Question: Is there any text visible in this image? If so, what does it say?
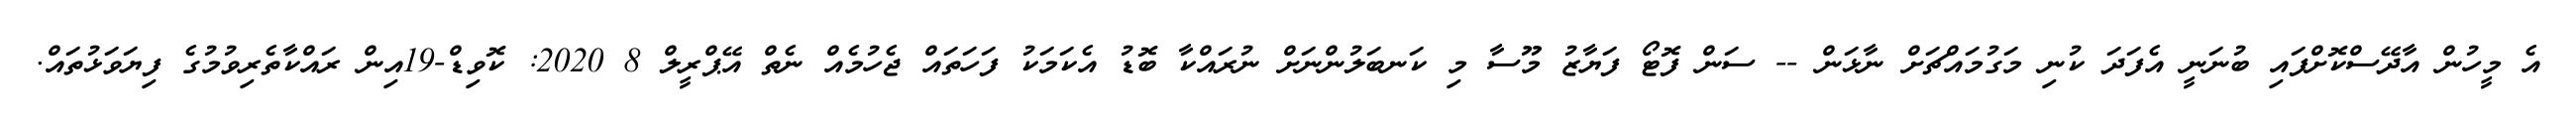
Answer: އެ މީހުން އާދޭސްކޮށްފައި ބުނަނީ އެފަދަ ކުނި މަގުމައްޗަށް ނާޅަން -- ސަން ފޮޓޯ ފަޔާޒު މޫސާ މި ކަނބަލުންނަށް ނުރައްކާ ބޮޑު އެކަމަކު ފަހަތައް ޖެހުމެއް ނެތް އޭޕްރީލް 8 2020: ކޮވިޑް-19އިން ރައްކާތެރިވުމުގެ ފިޔަވަޅުތައް.